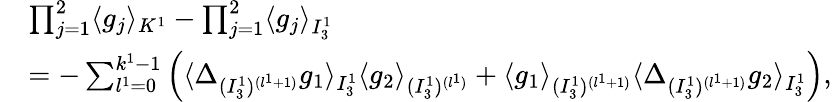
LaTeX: \begin{array}{rl}&{\prod_{j=1}^{2}\langle g_{j}\rangle_{K^{1}}-\prod_{j=1}^{2}\langle g_{j}\rangle_{I_{3}^{1}}}\\ &{=-\sum_{l^{1}=0}^{k^{1}-1}\Big(\langle\Delta_{(I_{3}^{1})^{(l^{1}+1)}}g_{1}\rangle_{I_{3}^{1}}\langle g_{2}\rangle_{(I_{3}^{1})^{(l^{1})}}+\langle g_{1}\rangle_{(I_{3}^{1})^{(l^{1}+1)}}\langle\Delta_{(I_{3}^{1})^{(l^{1}+1)}}g_{2}\rangle_{I_{3}^{1}}\Big),}\end{array}